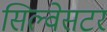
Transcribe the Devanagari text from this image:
सिल्वेसटर